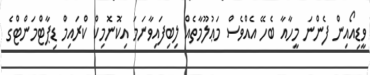
ވީޑިއޯއިން ފެންނަ މީހާއާ ބެހޭ އެއްވެސް މަޢުލޫމާތެއް ލިބިފައިވާނަމަ އިކޮނޮމިކް ކްރައިމް ޑިޕާޓްމަންޓްގެ